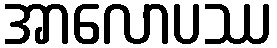
အာလောပဿ